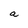
Character: a